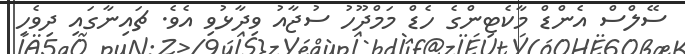
ސޭލްސް އެންޑް މާކެޓިންގެ ހެޑް މަމްދޫހު ސުޖާއު ވިދާޅުވި އެވެ. ޗައިނާގައި ދިވެހި